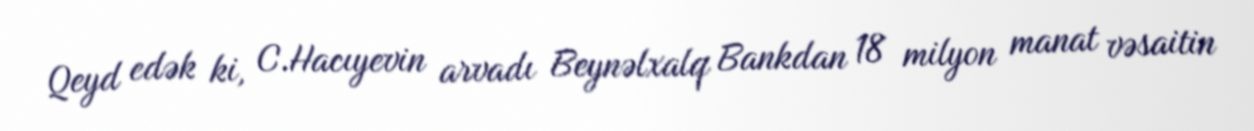
Qeyd edək ki, C.Hacıyevin arvadı Beynəlxalq Bankdan 18 milyon manat vəsaitin